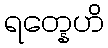
ရတ္နေဟိ